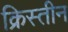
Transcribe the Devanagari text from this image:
क्रिस्तीन